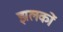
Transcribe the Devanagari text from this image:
झलकों